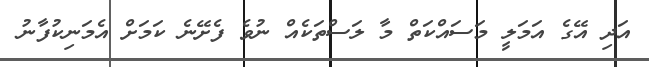
އަދި އޭގެ އަމަލީ މަސައްކަތް މާ ލަސްތަކެއް ނުވެ ފެށޭނެ ކަމަށް އެމަނިކުފާނު